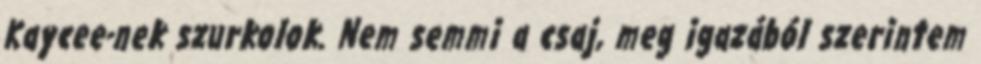
Kaycee-nek szurkolok. Nem semmi a csaj, meg igazából szerintem